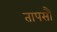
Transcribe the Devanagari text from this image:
तापसौ